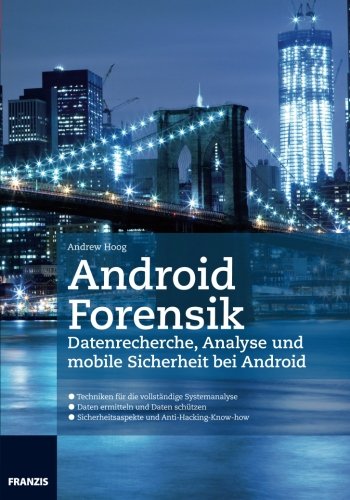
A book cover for Android Forensik (German Edition); Andrew Hoog; Computers & Technology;